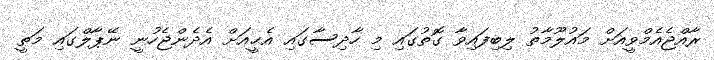
ރާއްޖެއެމްވީއަށް މައުލޫމާތު ލިބިފައިވާ ގޮތުގައި މި ހާދިސާގައި އެޙީއަށް އެދެންޖެހުނީ ނޭޕާލްގައި މަތީ